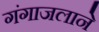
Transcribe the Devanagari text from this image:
गंगाजलाने